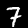
Label: 7